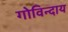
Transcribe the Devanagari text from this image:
गोविन्दाय